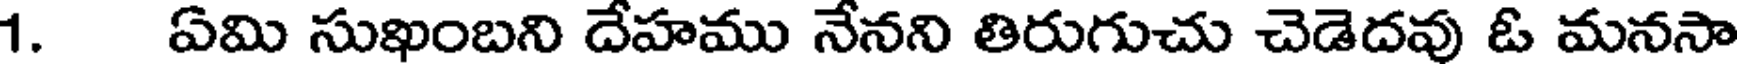
1. ఏమి సుఖంబని దేహము నేనని తిరుగుచు చెడెదవు ఓ మనసా